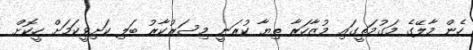
ހެން މާލޭގެ މަގުމަތީގައި މުޒާހަރާ ތިޔާ ކުރަނީ މިސަރުކާރު ބަލި ކަށިވީކަމަށް ހީކޮށް